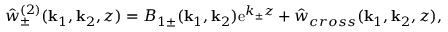
\hat { w } _ { \pm } ^ { ( 2 ) } ( \mathbf { k } _ { 1 } , \mathbf { k } _ { 2 } , z ) = B _ { 1 \pm } ( \mathbf { k } _ { 1 } , \mathbf { k } _ { 2 } ) \mathrm { e } ^ { k _ { \pm } z } + \hat { w } _ { c r o s s } ( \mathbf { k } _ { 1 } , \mathbf { k } _ { 2 } , z ) ,